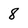
Character: 8